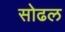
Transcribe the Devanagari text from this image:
सोढल